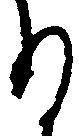
る